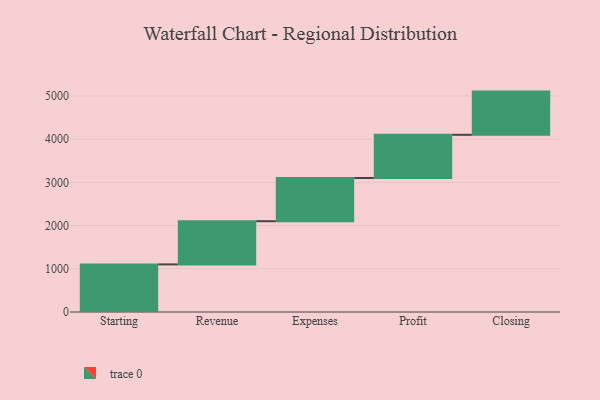
{"axis": {"x": "Step", "y": "Value"}, "legend": [""], "data": [{"x": "Starting", "y": 1102.0, "type": ""}, {"x": "Revenue", "y": 1000, "type": ""}, {"x": "Expenses", "y": 1000, "type": ""}, {"x": "Profit", "y": 1000, "type": ""}, {"x": "Closing", "y": 1000, "type": ""}]}